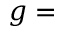
g =